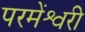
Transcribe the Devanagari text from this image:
परमेंश्वरी